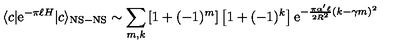
\langle c | \mathrm { e } ^ { - \pi \ell H } | c \rangle _ { \mathrm { N S - N S } } \sim \sum _ { m , k } \left[ 1 + ( - 1 ) ^ { m } \right] \left[ 1 + ( - 1 ) ^ { k } \right] \mathrm { e } ^ { - { \frac { \pi \alpha ^ { \prime } \ell } { 2 R ^ { 2 } } } ( k - \gamma m ) ^ { 2 } }